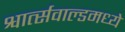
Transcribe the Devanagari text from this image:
श्वार्त्सवाल्डमध्ये